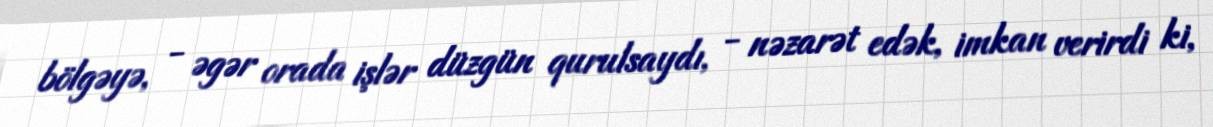
bölgəyə, - əgər orada işlər düzgün qurulsaydı, - nəzarət edək, imkan verirdi ki,